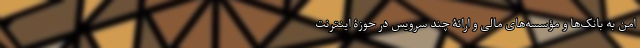
امن به بانک‌ها و مؤسسه‌های مالی و ارائۀ چند سرویس در حوزۀ اینترنت